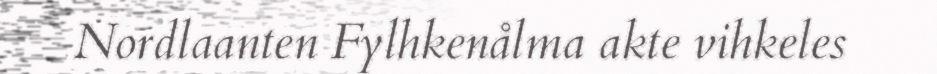
Nordlaanten Fylhkenålma akte vihkeles